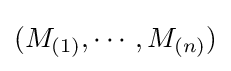
(M_{(1)},\cdots ,M_{(n)})